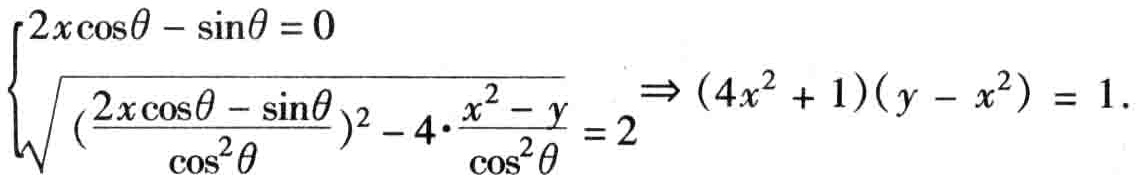
\[\begin{cases}
2x\cos\theta - \sin\theta = 0 \\
\sqrt{(\frac{2x\cos\theta - \sin\theta}{\cos^{2}\theta})^2 - 4\cdot\frac{x^{2} - y}{\cos^{2}\theta}} = 2
\end{cases}\Rightarrow (4x^{2} + 1)(y - x^{2}) = 1.\]